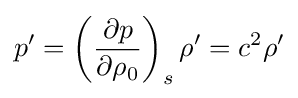
p'=\left({\frac {\partial p}{\partial \rho _{0}}}\right)_{s}\rho '=c^{2}\rho '